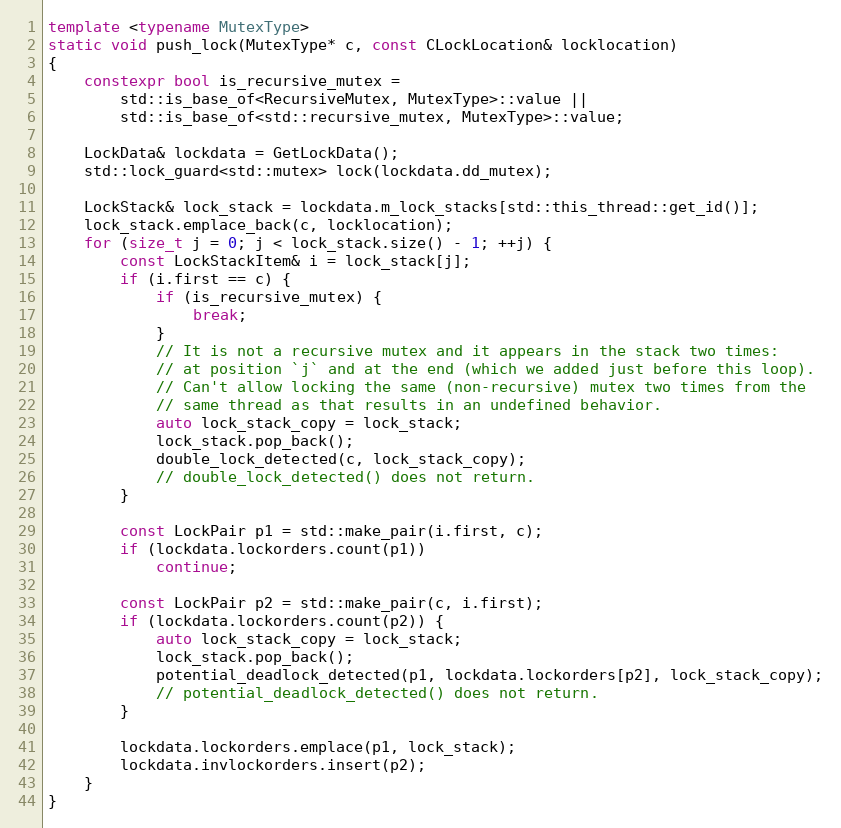
Language: C++
template <typename MutexType>
static void push_lock(MutexType* c, const CLockLocation& locklocation)
{
    constexpr bool is_recursive_mutex =
        std::is_base_of<RecursiveMutex, MutexType>::value ||
        std::is_base_of<std::recursive_mutex, MutexType>::value;

    LockData& lockdata = GetLockData();
    std::lock_guard<std::mutex> lock(lockdata.dd_mutex);

    LockStack& lock_stack = lockdata.m_lock_stacks[std::this_thread::get_id()];
    lock_stack.emplace_back(c, locklocation);
    for (size_t j = 0; j < lock_stack.size() - 1; ++j) {
        const LockStackItem& i = lock_stack[j];
        if (i.first == c) {
            if (is_recursive_mutex) {
                break;
            }
            // It is not a recursive mutex and it appears in the stack two times:
            // at position `j` and at the end (which we added just before this loop).
            // Can't allow locking the same (non-recursive) mutex two times from the
            // same thread as that results in an undefined behavior.
            auto lock_stack_copy = lock_stack;
            lock_stack.pop_back();
            double_lock_detected(c, lock_stack_copy);
            // double_lock_detected() does not return.
        }

        const LockPair p1 = std::make_pair(i.first, c);
        if (lockdata.lockorders.count(p1))
            continue;

        const LockPair p2 = std::make_pair(c, i.first);
        if (lockdata.lockorders.count(p2)) {
            auto lock_stack_copy = lock_stack;
            lock_stack.pop_back();
            potential_deadlock_detected(p1, lockdata.lockorders[p2], lock_stack_copy);
            // potential_deadlock_detected() does not return.
        }

        lockdata.lockorders.emplace(p1, lock_stack);
        lockdata.invlockorders.insert(p2);
    }
}